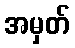
အမှတ်